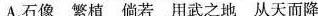
A.石像 繁植 倘若 用武之地 从天而降